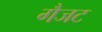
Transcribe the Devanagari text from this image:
गैजट